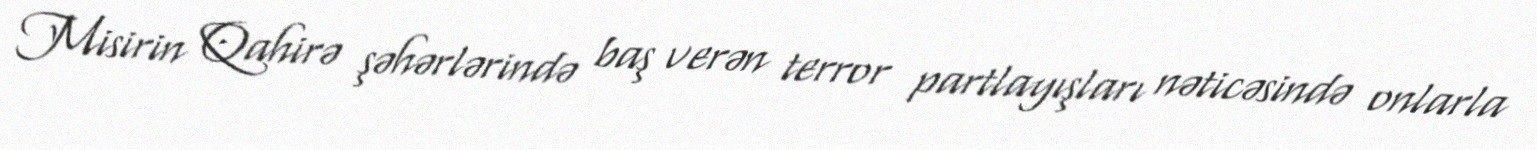
Misirin Qahirə şəhərlərində baş verən terror partlayışları nəticəsində onlarla